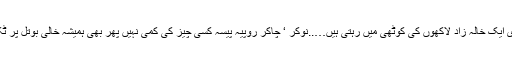
ہماری ایک خالہ زاد لاکھوں کی کوٹھی میں رہتی ہیں…..نوکر ‘ چاکر روپیہ پیسہ کسی چیز کی کمی نہیں پھر بھی ہمیشہ خالی بوتل پر ٹکا دیا۔